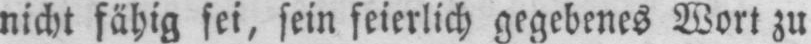
nicht fähig sei, sein feierlich gegebenes Wort zu